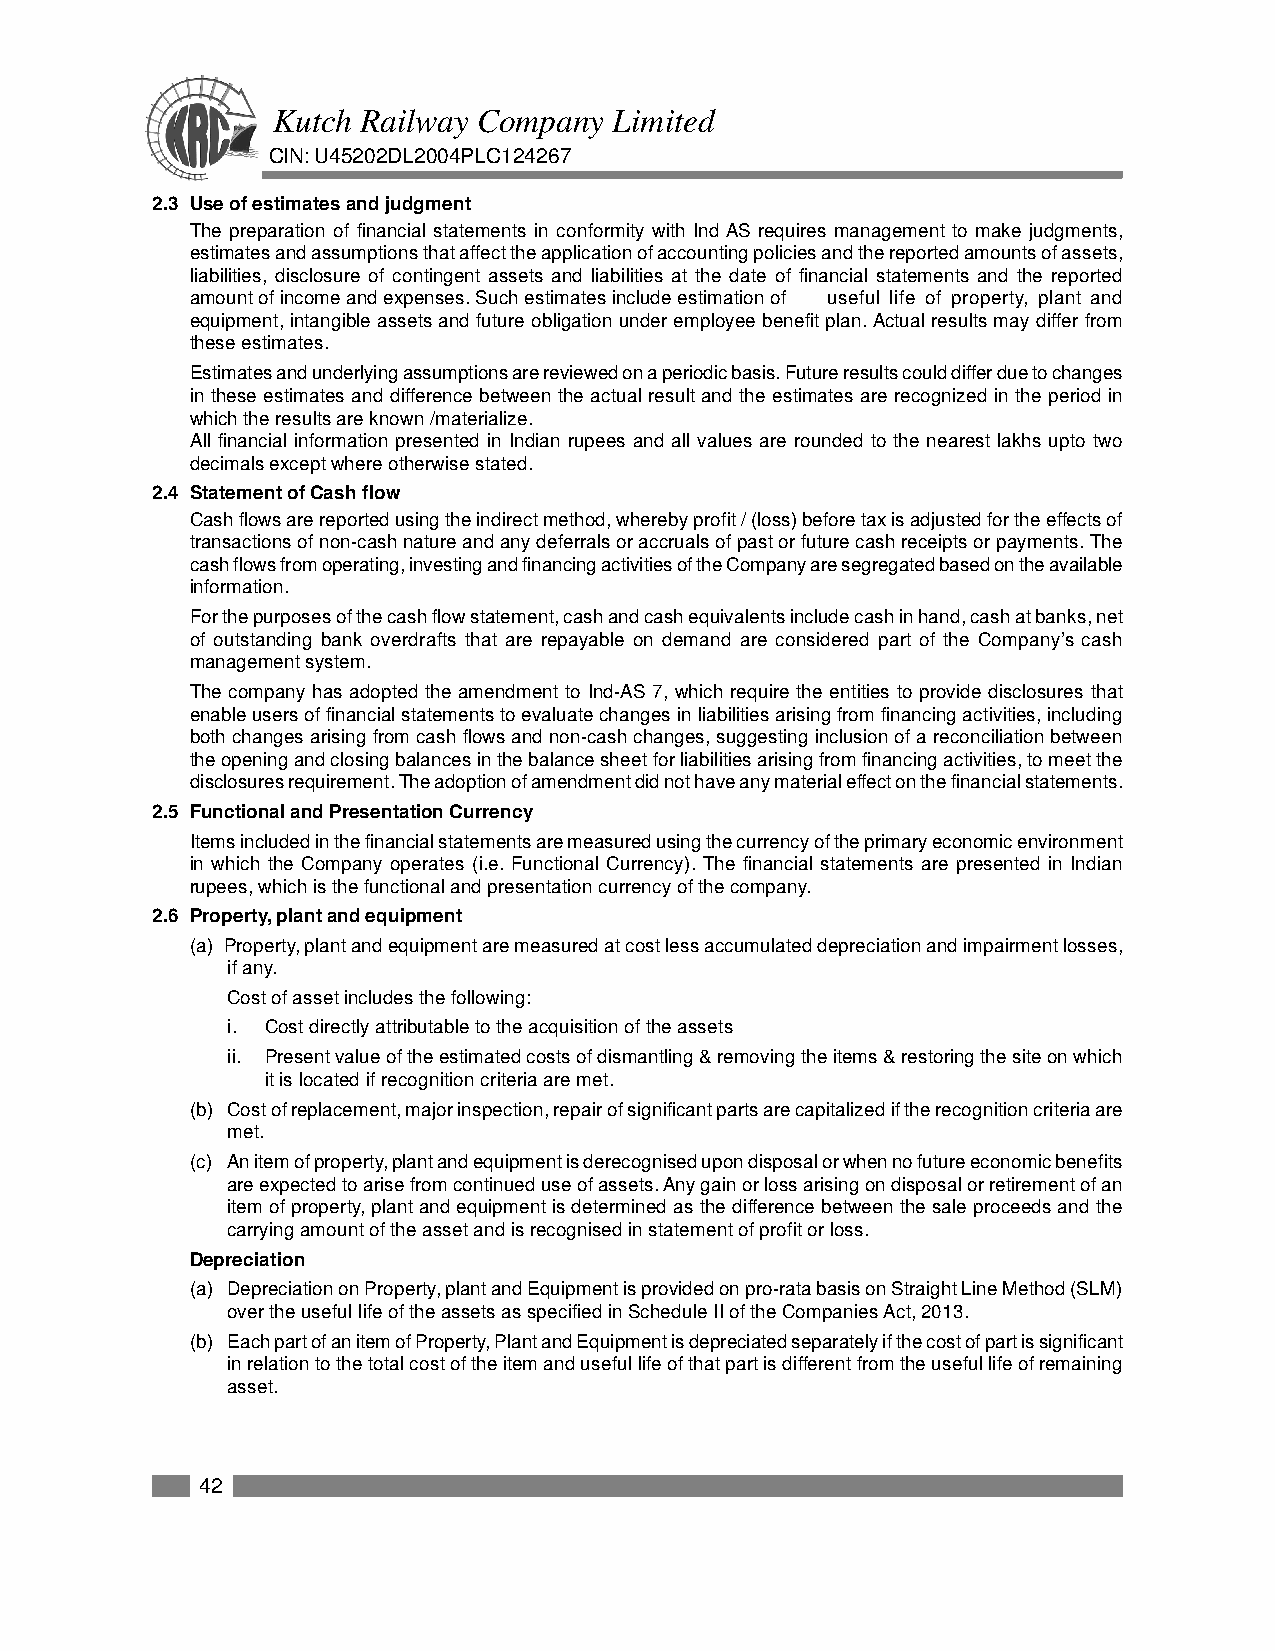
Kutch Railway Company  Limited
 CIN: U45202DL2004PLC124267
 2.3 Use of estimates and judgment
 The preparation of financial statements in conformity with Ind AS requires management to make judgments,
 estimates and assumptions that affect the application of accounting policies and the reported amounts of assets,
 liabilities, disclosure of contingent assets and liabilities at the date of financial statements and the reported
 amount of income and expenses. Such estimates include estimation of useful life of property, plant and
 equipment, intangible assets and future obligation under employee benefit plan. Actual results may differ from
 these estimates.
 Estimates and underlying assumptions are reviewed on a periodic basis. Future results could differ due to changes
 in these estimates and difference between the actual result and the estimates are recognized in the period in
 which the results are known /materialize.
 All financial information presented in Indian rupees and all values are rounded to the nearest lakhs upto two
 decimals except where otherwise stated.
 2.4 Statement of Cash flow
 Cash flows are reported using the indirect method, whereby profit / (loss) before tax is adjusted for the effects of
 transactions of non-cash nature and any deferrals or accruals of past or future cash receipts or payments. The
 cash flows from operating, investing and financing activities of the Company are segregated based on the available
 information.
 For the purposes of the cash flow statement, cash and cash equivalents include cash in hand, cash at banks, net
 of outstanding bank overdrafts that are repayable on demand are considered part of the Company’s cash
 management system.
 The company has adopted the amendment to Ind-AS 7, which require the entities to provide disclosures that
 enable users of financial statements to evaluate changes in liabilities arising from financing activities, including
 both changes arising from cash flows and non-cash changes, suggesting inclusion of a reconciliation between
 the opening and closing balances in the balance sheet for liabilities arising from financing activities, to meet the
 disclosures requirement. The adoption of amendment did not have any material effect on the financial statements.
 2.5 Functional and Presentation Currency
 Items included in the financial statements are measured using the currency of the primary economic environment
 in which the Company operates (i.e. Functional Currency). The financial statements are presented in Indian
 rupees, which is the functional and presentation currency of the company.
 2.6 Property, plant and equipment
 (a) Property, plant and equipment are measured at cost less accumulated depreciation and impairment losses,
 if any.
 Cost of asset includes the following:
 i. Cost directly attributable to the acquisition of the assets
 ii. Present value of the estimated costs of dismantling & removing the items & restoring the site on which
 it is located if recognition criteria are met.
 (b) Cost of replacement, major inspection, repair of significant parts are capitalized if the recognition criteria are
 met.
 (c) An item of property, plant and equipment is derecognised upon disposal or when no future economic benefits
 are expected to arise from continued use of assets. Any gain or loss arising on disposal or retirement of an
 item of property, plant and equipment is determined as the difference between the sale proceeds and the
 carrying amount of the asset and is recognised in statement of profit or loss.
 Depreciation
 (a) Depreciation on Property, plant and Equipment is provided on pro-rata basis on Straight Line Method (SLM)
 over the useful life of the assets as specified in Schedule II of the Companies Act, 2013.
 (b) Each part of an item of Property, Plant and Equipment is depreciated separately if the cost of part is significant
 in relation to the total cost of the item and useful life of that part is different from the useful life of remaining
 asset.
 42